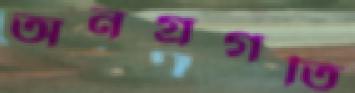
অনগ্রগতি